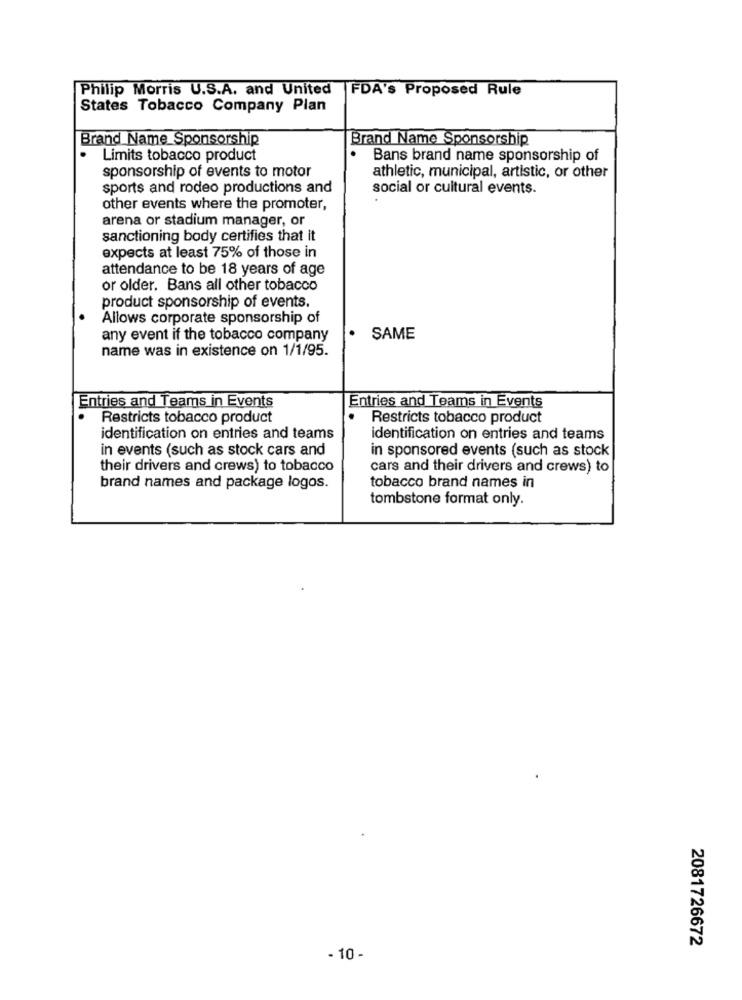
Philip Morris U.S.A. and United
FDA's Proposed Rule
States Tobacco Company Plan
Brand Name Sponsorship
Brand Name Sponsorship
Limits tobacco product
Bans brand name sponsorship of
sponsorship of events to motor
athletic, municipal, artistic, or other
sports and rodeo productions and
social or cultural events.
other events where the promoter,
arena or stadium manager, or
sanctioning body certifies that it
expects at least 75% of those in
attendance to be 18 years of age
or older. Bans all other tobacco
product sponsorship of events.
Allows corporate sponsorship of
·
any event if the tobacco company
SAME
name was in existence on 1/1/95.
Entries and Teams in Events
Entries and Teams in Events
Restricts tobacco product
Restricts tobacco product
identification on entries and teams
identification on entries and teams
in events (such as stock cars and
in sponsored events (such as stock
their drivers and crews) to tobacco
cars and their drivers and crews) to
brand names and package logos.
tobacco brand names in
tombstone format only.
2081726672
- 10 -